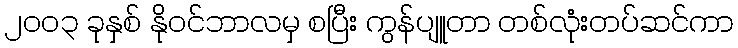
၂၀၀၃ ခုနှစ် နိုဝင်ဘာလမှ စပြီး ကွန်ပျူတာ တစ်လုံးတပ်ဆင်ကာ